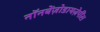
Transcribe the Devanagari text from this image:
नॉनबेंज़ोडायज़ेपींस